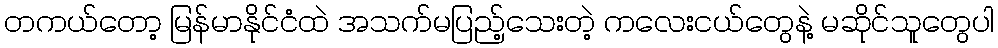
တကယ်တော့ မြန်မာနိုင်ငံထဲ အသက်မပြည့်သေးတဲ့ ကလေးငယ်တွေနဲ့ မဆိုင်သူတွေပါ